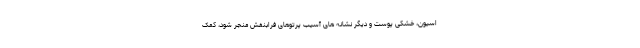
اسیون، خشکی پوست و دیگر نشانه های آسیب پرتوهای فرابنفش منجر شود، کمک